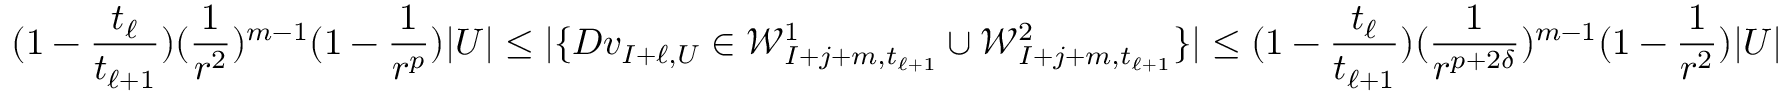
( 1 - \frac { t _ { \ell } } { t _ { \ell + 1 } } ) ( \frac { 1 } { r ^ { 2 } } ) ^ { m - 1 } ( 1 - \frac { 1 } { r ^ { p } } ) | U | \leq | \{ D v _ { I + \ell , U } \in \mathcal { W } _ { I + j + m , t _ { \ell + 1 } } ^ { 1 } \cup \mathcal { W } _ { I + j + m , t _ { \ell + 1 } } ^ { 2 } \} | \newline \leq ( 1 - \frac { t _ { \ell } } { t _ { \ell + 1 } } ) ( \frac { 1 } { r ^ { p + 2 \delta } } ) ^ { m - 1 } ( 1 - \frac { 1 } { r ^ { 2 } } ) | U |